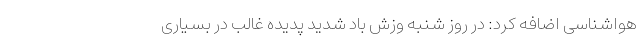
هواشناسی اضافه کرد: در روز شنبه وزش باد شدید پدیده غالب در بسیاری